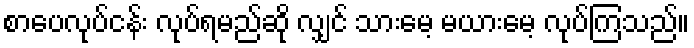
စာပေလုပ်ငန်း လုပ်ရမည်ဆို လျှင် သားမေ့ မယားမေ့ လုပ်ကြသည်။